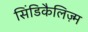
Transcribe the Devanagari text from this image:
सिंडिकैलिज़्म